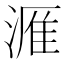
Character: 𪶫